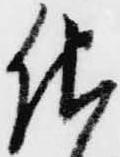
仕